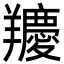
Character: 羻